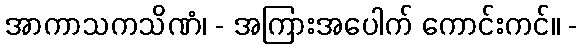
အာကာသကသိဏံ၊ - အကြားအပေါက် ကောင်းကင်။ -